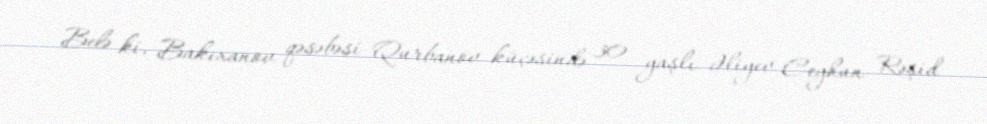
Belə ki, Bakıxanov qəsəbəsi Qurbanov küçəsində 30 yaşlı Əliyev Ceyhun Rəşid